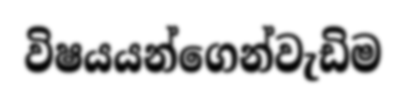
විෂයයන්ගෙන්වැඩිම